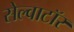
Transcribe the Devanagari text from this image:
सेल्वाटॉर